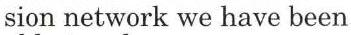
sion network we have been